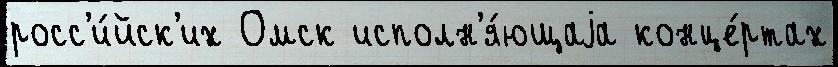
росс'и́йск'их Омск исполн'я́ющаjа конце́ртах